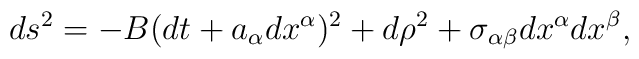
ds^2=-B(dt+a_\alpha dx^\alpha)^2+d\rho^2+\sigma_{\alpha\beta}dx^\alpha dx^\beta,